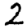
Digit: 2